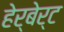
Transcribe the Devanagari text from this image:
हेर्बेर्ट